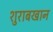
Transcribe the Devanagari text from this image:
शुराबखान